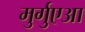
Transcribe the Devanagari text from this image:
मुर्गुएआ